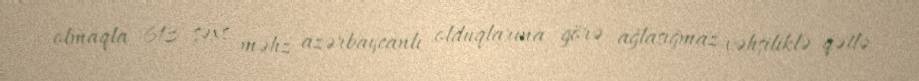
olmaqla 613 şəxs məhz azərbaycanlı olduqlarına görə ağlasığmaz vəhşiliklə qətlə